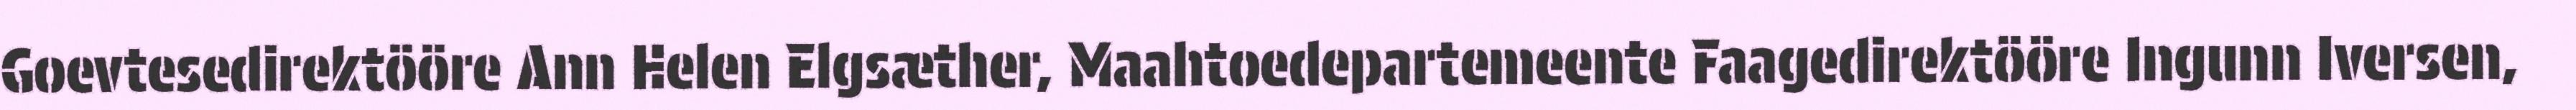
Goevtesedirektööre Ann Helen Elgsæther, Maahtoedepartemeente Faagedirektööre Ingunn Iversen,